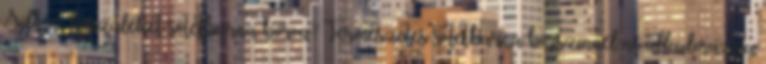
Silk’n™ készüléket sőtétbarna bőrön? Természetes sötétbarna bőrszinnél ne alkalmazza